Annual report on the working of the lock hospitals in the North-Western Provinces and Oudh
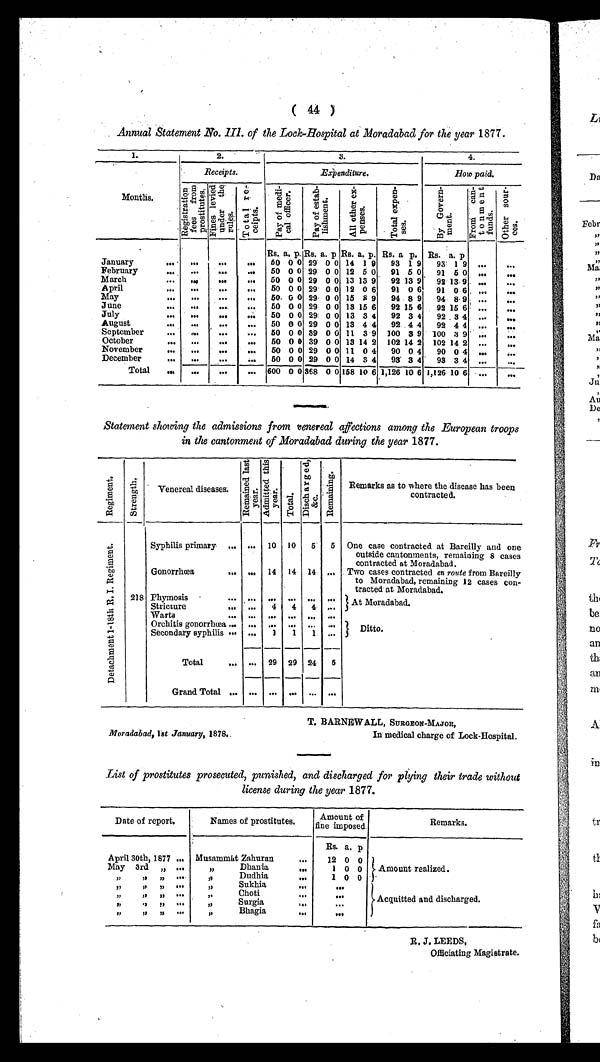
( 44 )
Annual Statement No. III. of the Lock-Hospital at Moradabad for the year 1877.
1
2
3
4
Months.
Recei pt s.
Expenditure.
How paid.
R e g i s t r a t i o n f e e s f r o m p r o s t i t u t e s .
F i n e s l e i v e d u n d e r t h e r u l e s
T o t a l r e c e i p t s .
P a y o f m e d i c a l o f f i c e r .
P a y o f e s t a b l i s h m e n t .
A l l o t h e r e x p e n s e s .
T o t a l e x p e n s e s .
B y G o v e r n m e n t .
F r o m c a n t o n m e n t f u n d s .
O t h e r s o u r c e s .
Rs. a. p. Rs. a. p Rs. a. p. Rs. a p. Rs. a. p
January
....
. . .
. . .
50 0 0 29' 0 0 14 1 9 93 1 9 93 1 9
. . .
...
February
...
91 5 0 ...
...
....
. . .
. . .
50 0 0 29 0 0 12 5 0 91 5 0
92 13 9 ...
...
March
... . . . .
...
... 50 0 0 29 0 0 13 13 9 92 13 9
April...
. . .
. . .
. . .
5 0 0 0 29 0 0 12 0 6 91 0 6 91 0 6 ...
...
94 8 9 ...
. . .
May
...
...
...
... 50. 0 0 29 0 0 15 8 9 94 8 9
June
... ...
....
... 50 0 0 29 0 0 13 15 6 92 15 6 92 15 6 ....
...
July
...
...
...
... 50 0 0 29: 0 0 13 3 4 92 3 4 92 3 4 ...
. . .
50 0 0 29 0 0 13 4 4 92 4 4 92 4 4 ...
...
August
...
...
...
...
September
... ...
...
... 50 0 0 39 0 0 11 3 9 100 3 9 100 3 9 ...
...
October
,,.. ...
. . . . . .
50 0 0 39 0 0 13 14 2 102 14 2 102 14 2 ...
...
November
... ...
...
... 50 0 0 29 0 0 11 0 4 90 0 4 90 0 4 ...
...
December
...
50 0 0 29 0 0 14 3 4 93 3 4 93 3 4 ...
. . .
...
...
...
Total
...
. . .
. . . 600 0 0 368 0 0 158 10 6 1,126 10 6 1,126 10 6 ...
...
Statement showing the admissions from venereal affections among the European troops
in the cantonment of Moradabad during the year 1877.
R e g i m e n t .
S t r e n g t h .
Venereal diseases.
R e m a i n e d l a s t y e a r . A d m i t t e d t h i s y e a r .
Tot a l .
D i s c h a r g e d & c .
Re ma i ni ng.
Remarks as to where the disease has been
contracted.
D e t a c h m e n t 1 - 1 8 t h R . I . R e g i m e n t .
2 1 8
Syphilis primary ... ... 10 10 5 5 One case contracted at Bareilly and one
outside cantonments, remaining 8 cases
contracted at Moradabad.
Gonorrhœa
...
. . . 14 14 14 ... Two cases contracted en route from Bareilly
to Moradabad, remaining 12 cases con
tracted at Moradabad.
Phymosis
...
. . .
. . .
. . .
. . . . . . At Moradabad.
Stricture
... ...
4
4
4
. . .
Warta
... ...
. . .
. . . . . .
. . .
Orchitis gonorrhœa ... ... ... ...
. . . ...
Ditto.
Secondary syphilis ... ...
1
1 1 ...
Total
... ... 29 29 24
5
Grand Total ...
. . .
. . . ...
. . . . . . . ...
Moradabad, 1st January, 1878..
T. BARNEWALL, SURGEON-MAJOR,
In medical charge of Lock-Hospital.
List of prostitutes prosecuted, punished, and discharged for plying their trade without
license during the year 1877.
Date of report.
Names of prostitutes.
Amount of
fine imposed.
Remarks.
Rs. a. p
April 30th, 1877 ... Musammát Zahuran ...
12 0 0
May 3rd ......
Dhania
...
1
0 0 Amount realized.
...
... ....
Dudhia
...
1 0 0
,... ... ...
Sukhia
...
...
... ... ...
Choti
...
. . .
Acquitted and discharged.
... ... ...
Surgia
...
. . .
...
... ... ....
Bhagia
...
. . .
Officiating Magistrate.